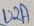
Text: U2A